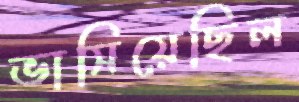
ভাসিয়েছিল